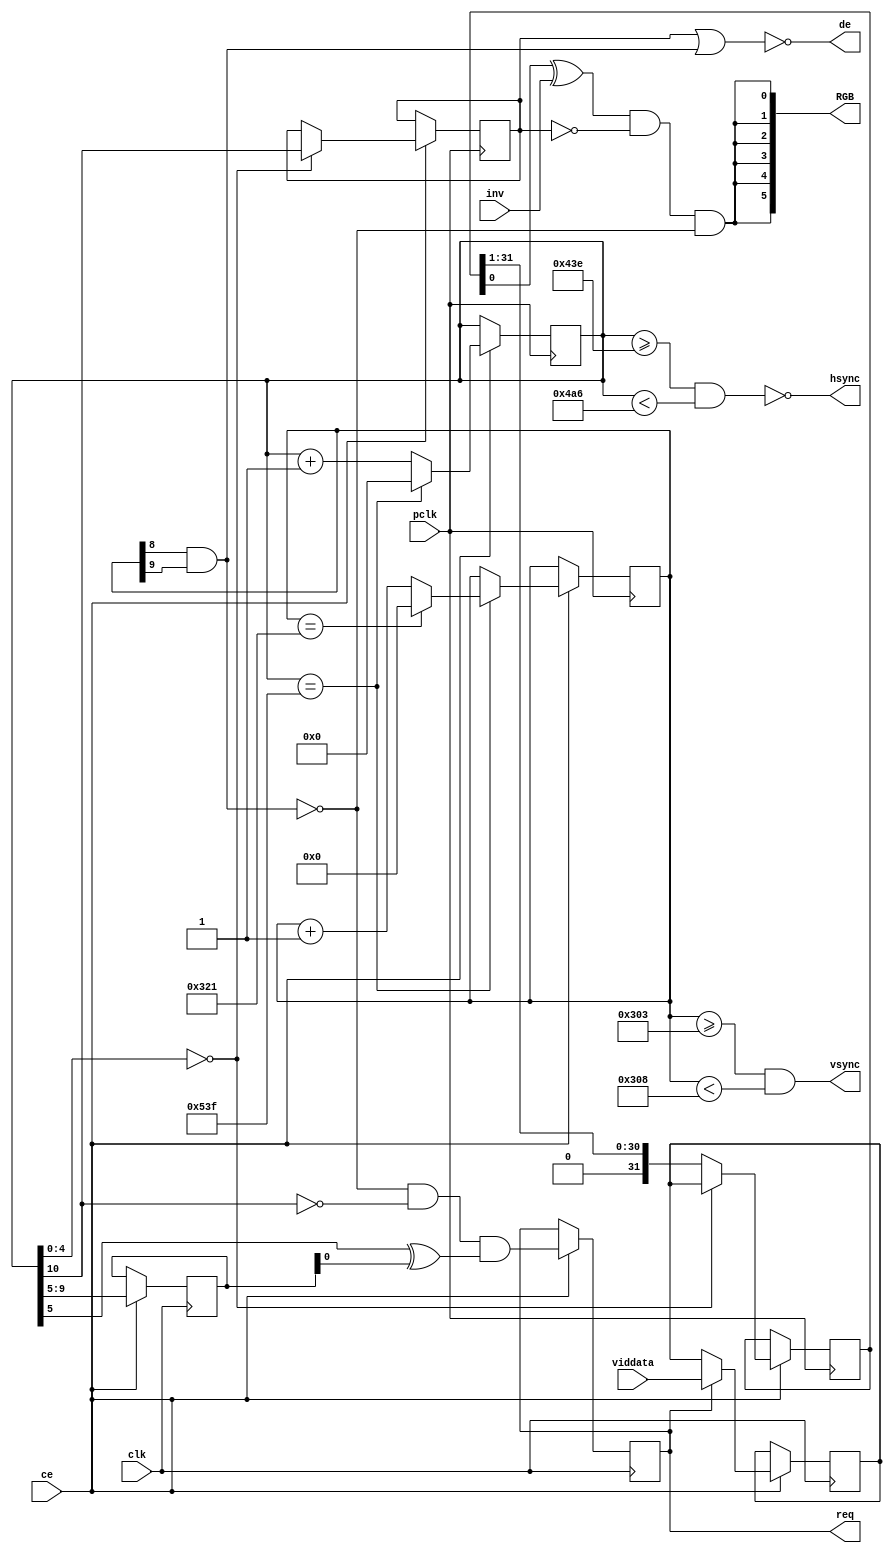
`timescale 1ns / 1ps

/*Project Oberon, Revised Edition 2013

Book copyright (C)2013 Niklaus Wirth and Juerg Gutknecht;
software copyright (C)2013 Niklaus Wirth (NW), Juerg Gutknecht (JG), Paul
Reed (PR/PDR).

Permission to use, copy, modify, and/or distribute this software and its
accompanying documentation (the "Software") for any purpose with or
without fee is hereby granted, provided that the above copyright notice
and this permission notice appear in all copies.

THE SOFTWARE IS PROVIDED "AS IS" AND THE AUTHORS DISCLAIM ALL WARRANTIES
WITH REGARD TO THE SOFTWARE, INCLUDING ALL IMPLIED WARRANTIES OF
MERCHANTABILITY, FITNESS AND NONINFRINGEMENT.  IN NO EVENT SHALL THE
AUTHORS BE LIABLE FOR ANY CLAIM, SPECIAL, DIRECT, INDIRECT, OR
CONSEQUENTIAL DAMAGES OR ANY DAMAGES OR LIABILITY WHATSOEVER, WHETHER IN
AN ACTION OF CONTRACT, TORT OR OTHERWISE, ARISING FROM, OUT OF OR IN
CONNECTION WITH THE DEALINGS IN OR USE OR PERFORMANCE OF THE SOFTWARE.*/

// 1024x768 display controller NW/PR 24.1.2014
// OberonStation (externally-clocked) ver PR 7.8.15/03.10.15
// Modified for SDRAM - Nicolae Dumitrache 2016

module VID
#(
    parameter data_delay = 0
)
(
    input clk, pclk, inv, ce,
    input [31:0] viddata,
    output reg req = 1'b1,  // SRAM read request
    output hsync, vsync,  // to display
    output de,
    output [5:0] RGB
);

initial req = 1'b1;

localparam Org = 18'b1101_1111_1111_0000_00;  // DFF00: adr of vcnt=1023
reg [10:0] hcnt;
reg [9:0] vcnt;
reg [4:0] hword;  // from hcnt, but latched in the clk domain
reg [31:0] vidbuf, pixbuf;
reg hblank;
wire hend, vend, vblank, xfer, vid;

assign de = !(hblank|vblank);

assign hend = (hcnt == 1343), vend = (vcnt == 801);
assign vblank = (vcnt[8] & vcnt[9]);  // (vcnt >= 768)
assign hsync = ~((hcnt >= 1080+6) & (hcnt < 1184+6));  // -ve polarity
assign vsync = (vcnt >= 771) & (vcnt < 776);  // +ve polarity
assign xfer = (hcnt[4:0] == data_delay);  // data delay > hcnt cycle + req cycle
assign vid = (pixbuf[0] ^ inv) & ~hblank & ~vblank;
assign RGB = {6{vid}};
//wire vidadr = Org + {3'b0, ~vcnt, hword};

always @(posedge pclk) if(ce) begin  // pixel clock domain
  hcnt <= hend ? 0 : hcnt+1;
  vcnt <= hend ? (vend ? 0 : (vcnt+1)) : vcnt;
  hblank <= xfer ? hcnt[10] : hblank;  // hcnt >= 1024
  pixbuf <= xfer ? vidbuf : {1'b0, pixbuf[31:1]};
end

always @(posedge clk) if(ce) begin  // CPU (SRAM) clock domain
  hword <= hcnt[9:5];
  req <= ~vblank & ~hcnt[10] & (hcnt[5] ^ hword[0]);  // i.e. adr changed
  vidbuf <= req ? viddata : vidbuf;
end

endmodule